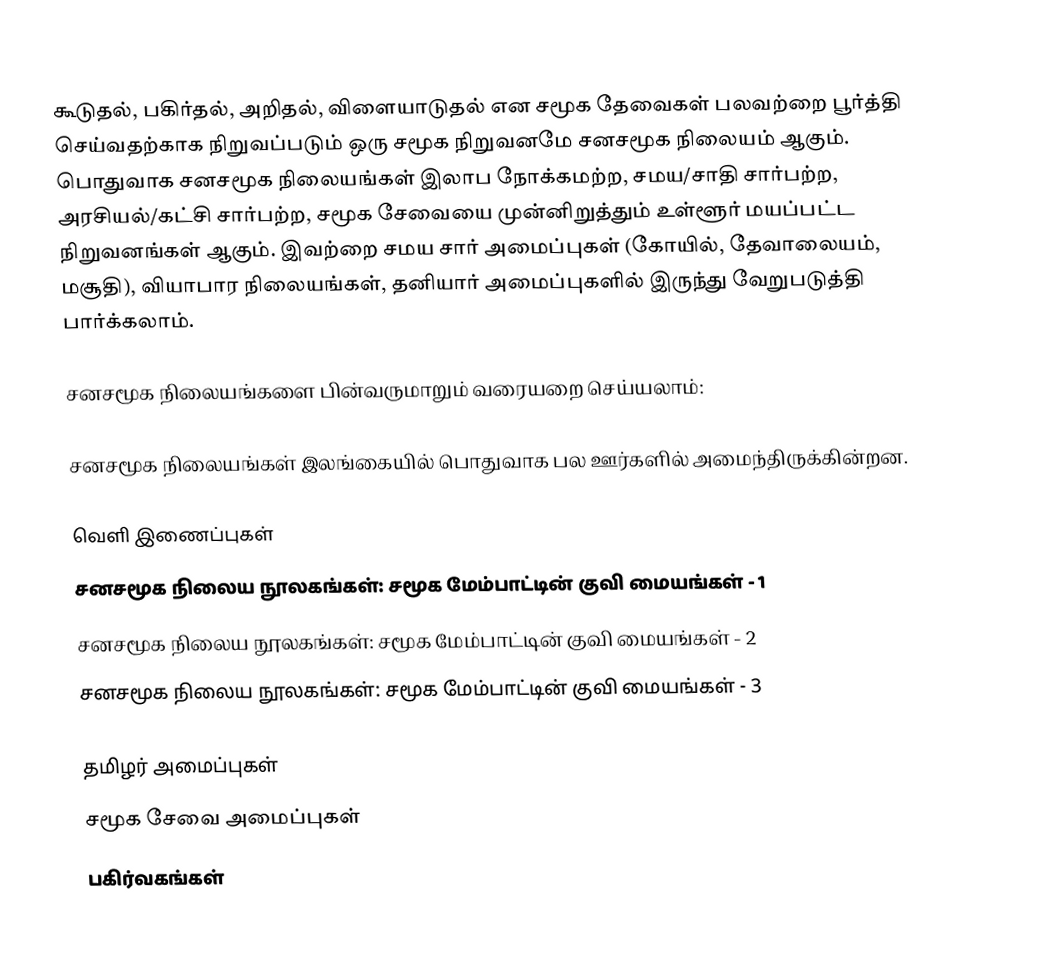
கூடுதல், பகிர்தல், அறிதல், விளையாடுதல் என சமூக தேவைகள் பலவற்றை பூர்த்தி செய்வதற்காக நிறுவப்படும் ஒரு சமூக நிறுவனமே சனசமூக நிலையம் ஆகும்.  பொதுவாக சனசமூக நிலையங்கள் இலாப நோக்கமற்ற, சமய/சாதி சார்பற்ற, அரசியல்/கட்சி சார்பற்ற, சமூக சேவையை முன்னிறுத்தும் உள்ளூர் மயப்பட்ட நிறுவனங்கள் ஆகும்.  இவற்றை சமய சார் அமைப்புகள் (கோயில், தேவாலையம், மசூதி), வியாபார நிலையங்கள், தனியார் அமைப்புகளில் இருந்து வேறுபடுத்தி பார்க்கலாம்.

சனசமூக நிலையங்களை பின்வருமாறும் வரையறை செய்யலாம்:

சனசமூக நிலையங்கள் இலங்கையில் பொதுவாக பல ஊர்களில் அமைந்திருக்கின்றன.

வெளி இணைப்புகள்
 சனசமூக நிலைய நூலகங்கள்: சமூக மேம்பாட்டின் குவி மையங்கள் - 1
 சனசமூக நிலைய நூலகங்கள்: சமூக மேம்பாட்டின் குவி மையங்கள் - 2
 சனசமூக நிலைய நூலகங்கள்: சமூக மேம்பாட்டின் குவி மையங்கள் - 3

தமிழர் அமைப்புகள்
சமூக சேவை அமைப்புகள்
பகிர்வகங்கள்